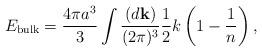
\begin{align*}E_{\rm bulk}={4\pi a^3\over3}\int{(d{\bf k})\over(2\pi)^3}{1\over2}k\left(1-{1\over n}\right),\end{align*}